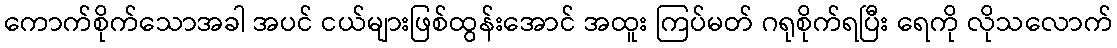
ကောက်စိုက်သောအခါ အပင် ငယ်များဖြစ်ထွန်းအောင် အထူး ကြပ်မတ် ဂရုစိုက်ရပြီး ရေကို လိုသလောက်